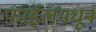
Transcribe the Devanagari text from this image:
फ़ाईलमधून